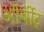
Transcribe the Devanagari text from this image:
ऑर्बीट्